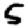
Digit: 5